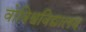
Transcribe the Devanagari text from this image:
वोविश्वविद्यालय